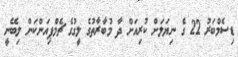
ޑިސެމްބަރު 22 ގެ ނިޔަލަށް ކުރިއަށް ދާ މުބާރާތުގެ ލީގުގެ ޗެމްޕިއަންކަން ލިބޭނީ